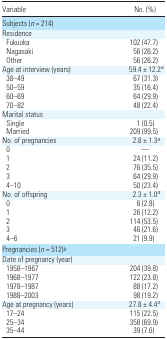
<table><thead><tr><td><b>Variable</b></td><td><b>No. (%)</b></td></tr></thead><tbody><tr><td colspan="2">Subjects (<i>n</i> = 214)</td></tr><tr><td colspan="2">Residence</td></tr><tr><td> Fukuoka</td><td>102 (47.7)</td></tr><tr><td> Nagasaki</td><td>56 (26.2)</td></tr><tr><td> Other</td><td>56 (26.2)</td></tr><tr><td>Age at interview (years)</td><td>59.4 ± 12.2a</td></tr><tr><td> 38–49</td><td>67 (31.3)</td></tr><tr><td> 50–59</td><td>35 (16.4)</td></tr><tr><td> 60–69</td><td>64 (29.9)</td></tr><tr><td> 70–82</td><td>48 (22.4)</td></tr><tr><td colspan="2">Marital status</td></tr><tr><td> Single</td><td>1 (0.5)</td></tr><tr><td> Married</td><td>209 (99.5)</td></tr><tr><td>No. of pregnancies</td><td>2.8 ± 1.3a</td></tr><tr><td> 0</td><td>—</td></tr><tr><td> 1</td><td>24 (11.2)</td></tr><tr><td> 2</td><td>76 (35.5)</td></tr><tr><td> 3</td><td>64 (29.9)</td></tr><tr><td> 4–10</td><td>50 (23.4)</td></tr><tr><td>No. of offspring</td><td>2.3 ± 1.0a</td></tr><tr><td> 0</td><td>6 (2.8)</td></tr><tr><td> 1</td><td>26 (12.2)</td></tr><tr><td> 2</td><td>114 (53.5)</td></tr><tr><td> 3</td><td>46 (21.6)</td></tr><tr><td> 4–6</td><td>21 (9.9)</td></tr><tr><td colspan="2">Pregnancies (<i>n</i> = 512)b</td></tr><tr><td colspan="2">Date of pregnancy (year)</td></tr><tr><td> 1958–1967</td><td>204 (39.8)</td></tr><tr><td> 1968–1977</td><td>122 (23.8)</td></tr><tr><td> 1978–1987</td><td>88 (17.2)</td></tr><tr><td> 1988–2003</td><td>98 (19.2)</td></tr><tr><td>Age at pregnancy (years)</td><td>27.8 ± 4.4a</td></tr><tr><td> 17–24</td><td>115 (22.5)</td></tr><tr><td> 25–34</td><td>358 (69.9)</td></tr><tr><td> 35–44</td><td>39 (7.6)</td></tr></tbody></table>